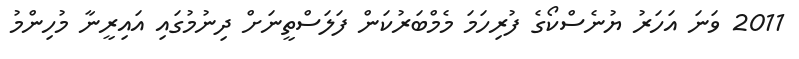
2011 ވަނަ އަހަރު ޔުނެސްކޯގެ ފުރިހަމަ މެމްބަރުކަން ފަލަސްތީނަށް ދިނުމުގައި އައިރީނާ މުހިންމު